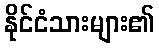
နိုင်ငံသားများ၏